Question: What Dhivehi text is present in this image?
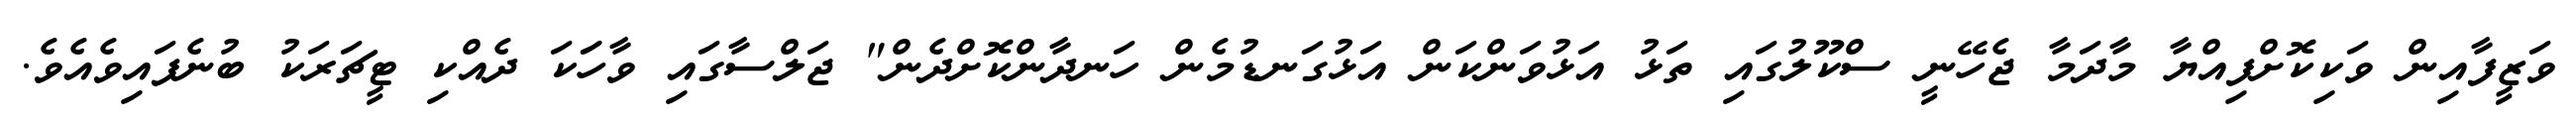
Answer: ވަޒީފާއިން ވަކިކޮށްފިއްޔާ މާދަމާ ޖެހޭނީ ސްކޫލުގައި ތަޅު އަޅުވަންކަން އަޅުގަނޑުމެން ހަނދާންކޮށްދެން" ޖަލްސާގައި ވާހަަކަ ދެއްކި ޓީޗަރަކު ބުނެފައިވެއެވެ.